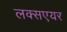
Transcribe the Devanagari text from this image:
लक्सएयर